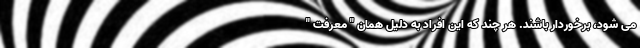
می شود، برخوردار باشند. هر چند که این افراد به دلیل همان " معرفت "